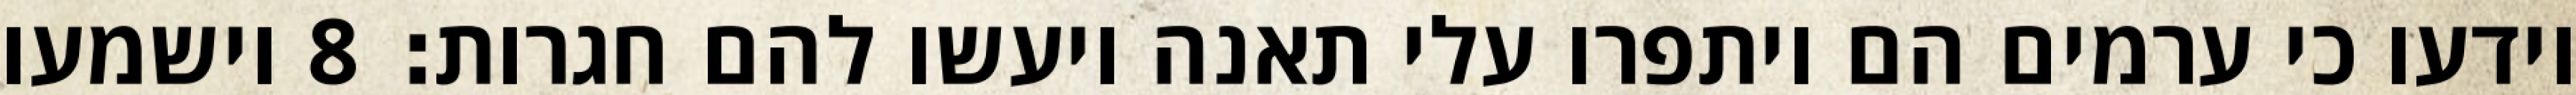
וידעו כי ערמים הם ויתפרו עלי תאנה ויעשו להם חגרות׃ ‎8‏ וישמעו